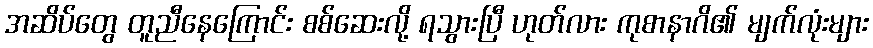
အဆိပ်တွေ တူညီနေကြောင်း စစ်ဆေးလို့ ရသွားပြီ ဟုတ်လား ကုစာနာဂိ၏ မျက်လုံးများ